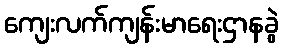
ကျေးလက်ကျန်းမာရေးဌာနခွဲ